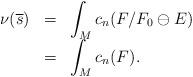
LaTeX: \begin{align*}\begin{array}{lll}\nu(\overline{s})&=&\displaystyle\int_M c_n(F/F_0\ominus E)\\ &=&\displaystyle\int_M c_n(F).\end{array}\end{align*}